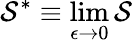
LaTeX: \mathcal{S}^{*}\equiv\operatorname*{lim}_{\epsilon\rightarrow 0}\mathcal{S}